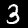
Label: 3